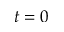
t = 0